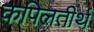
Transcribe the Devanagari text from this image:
कपिलतीर्थ